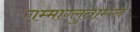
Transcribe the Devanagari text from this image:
गम्माग्लुताम्य्ल